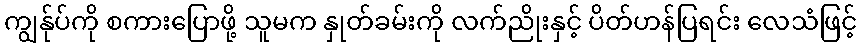
ကျွန်ုပ်ကို စကားပြောဖို့ သူမက နှုတ်ခမ်းကို လက်ညိုးနှင့် ပိတ်ဟန်ပြရင်း လေသံဖြင့်